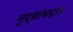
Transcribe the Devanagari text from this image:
मुद्द्यांबद्दल